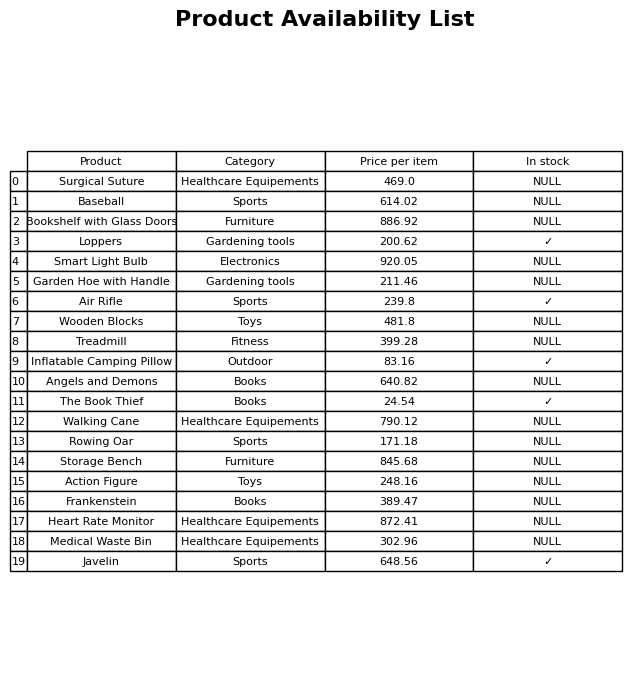
question: What is the stock status of the Walking Cane?
answer: NULL